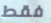
فقط